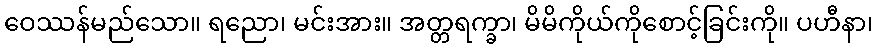
ဝေဿန်မည်သော။ ရညော၊ မင်းအား။ အတ္တရက္ခာ၊ မိမိကိုယ်ကိုစောင့်ခြင်းကို။ ပဟီနာ၊